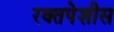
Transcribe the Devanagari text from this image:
रक्तपेशीस